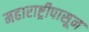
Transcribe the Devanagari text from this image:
महाराष्ट्रीपासून